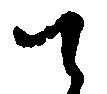
て